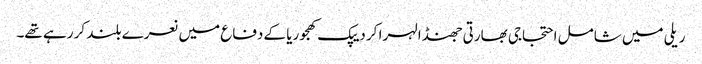
ریلی میں شامل احتجاجی بھارتی جھنڈا لہرا کر دیپک کھجوریا کے دفاع میں نعرے بلند کر رہے تھے۔